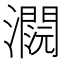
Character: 𤂕